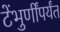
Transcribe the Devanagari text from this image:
टेंभुर्णींपर्यंत